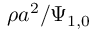
\rho { a } ^ { 2 } / \Psi _ { 1 , 0 }